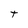
Character: t